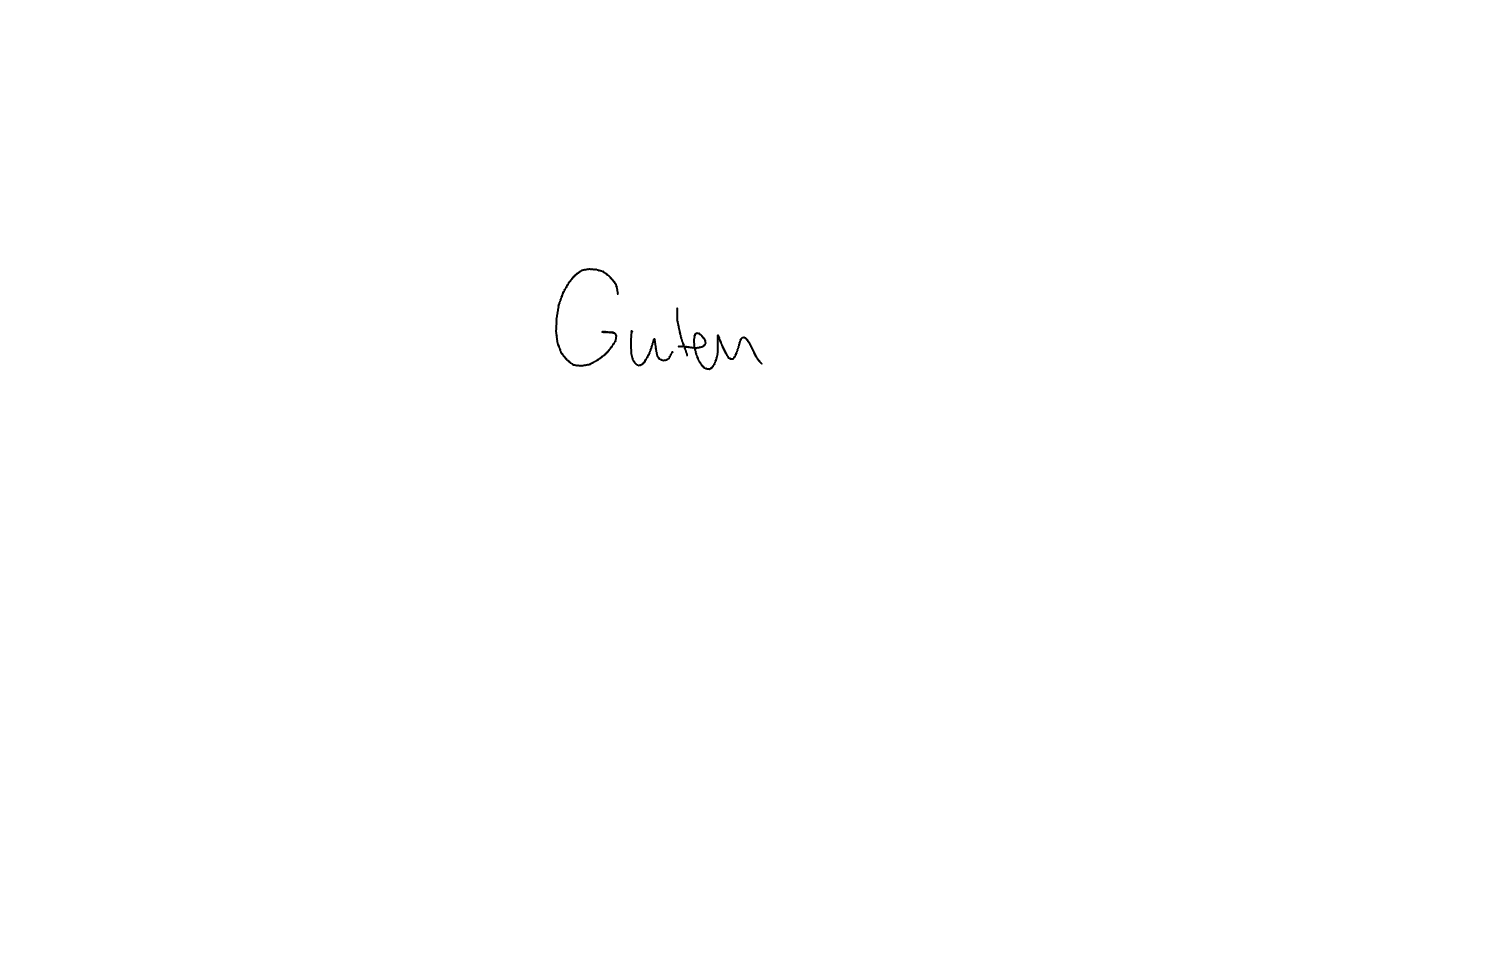
Text: Guten